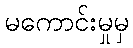
မကောင်းမှုမှ